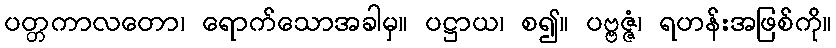
ပတ္တကာလတော၊ ရောက်သောအခါမှ။ ပဋ္ဌာယ၊ စ၍။ ပဗ္ဗဇ္ဇံ၊ ရဟန်းအဖြစ်ကို။